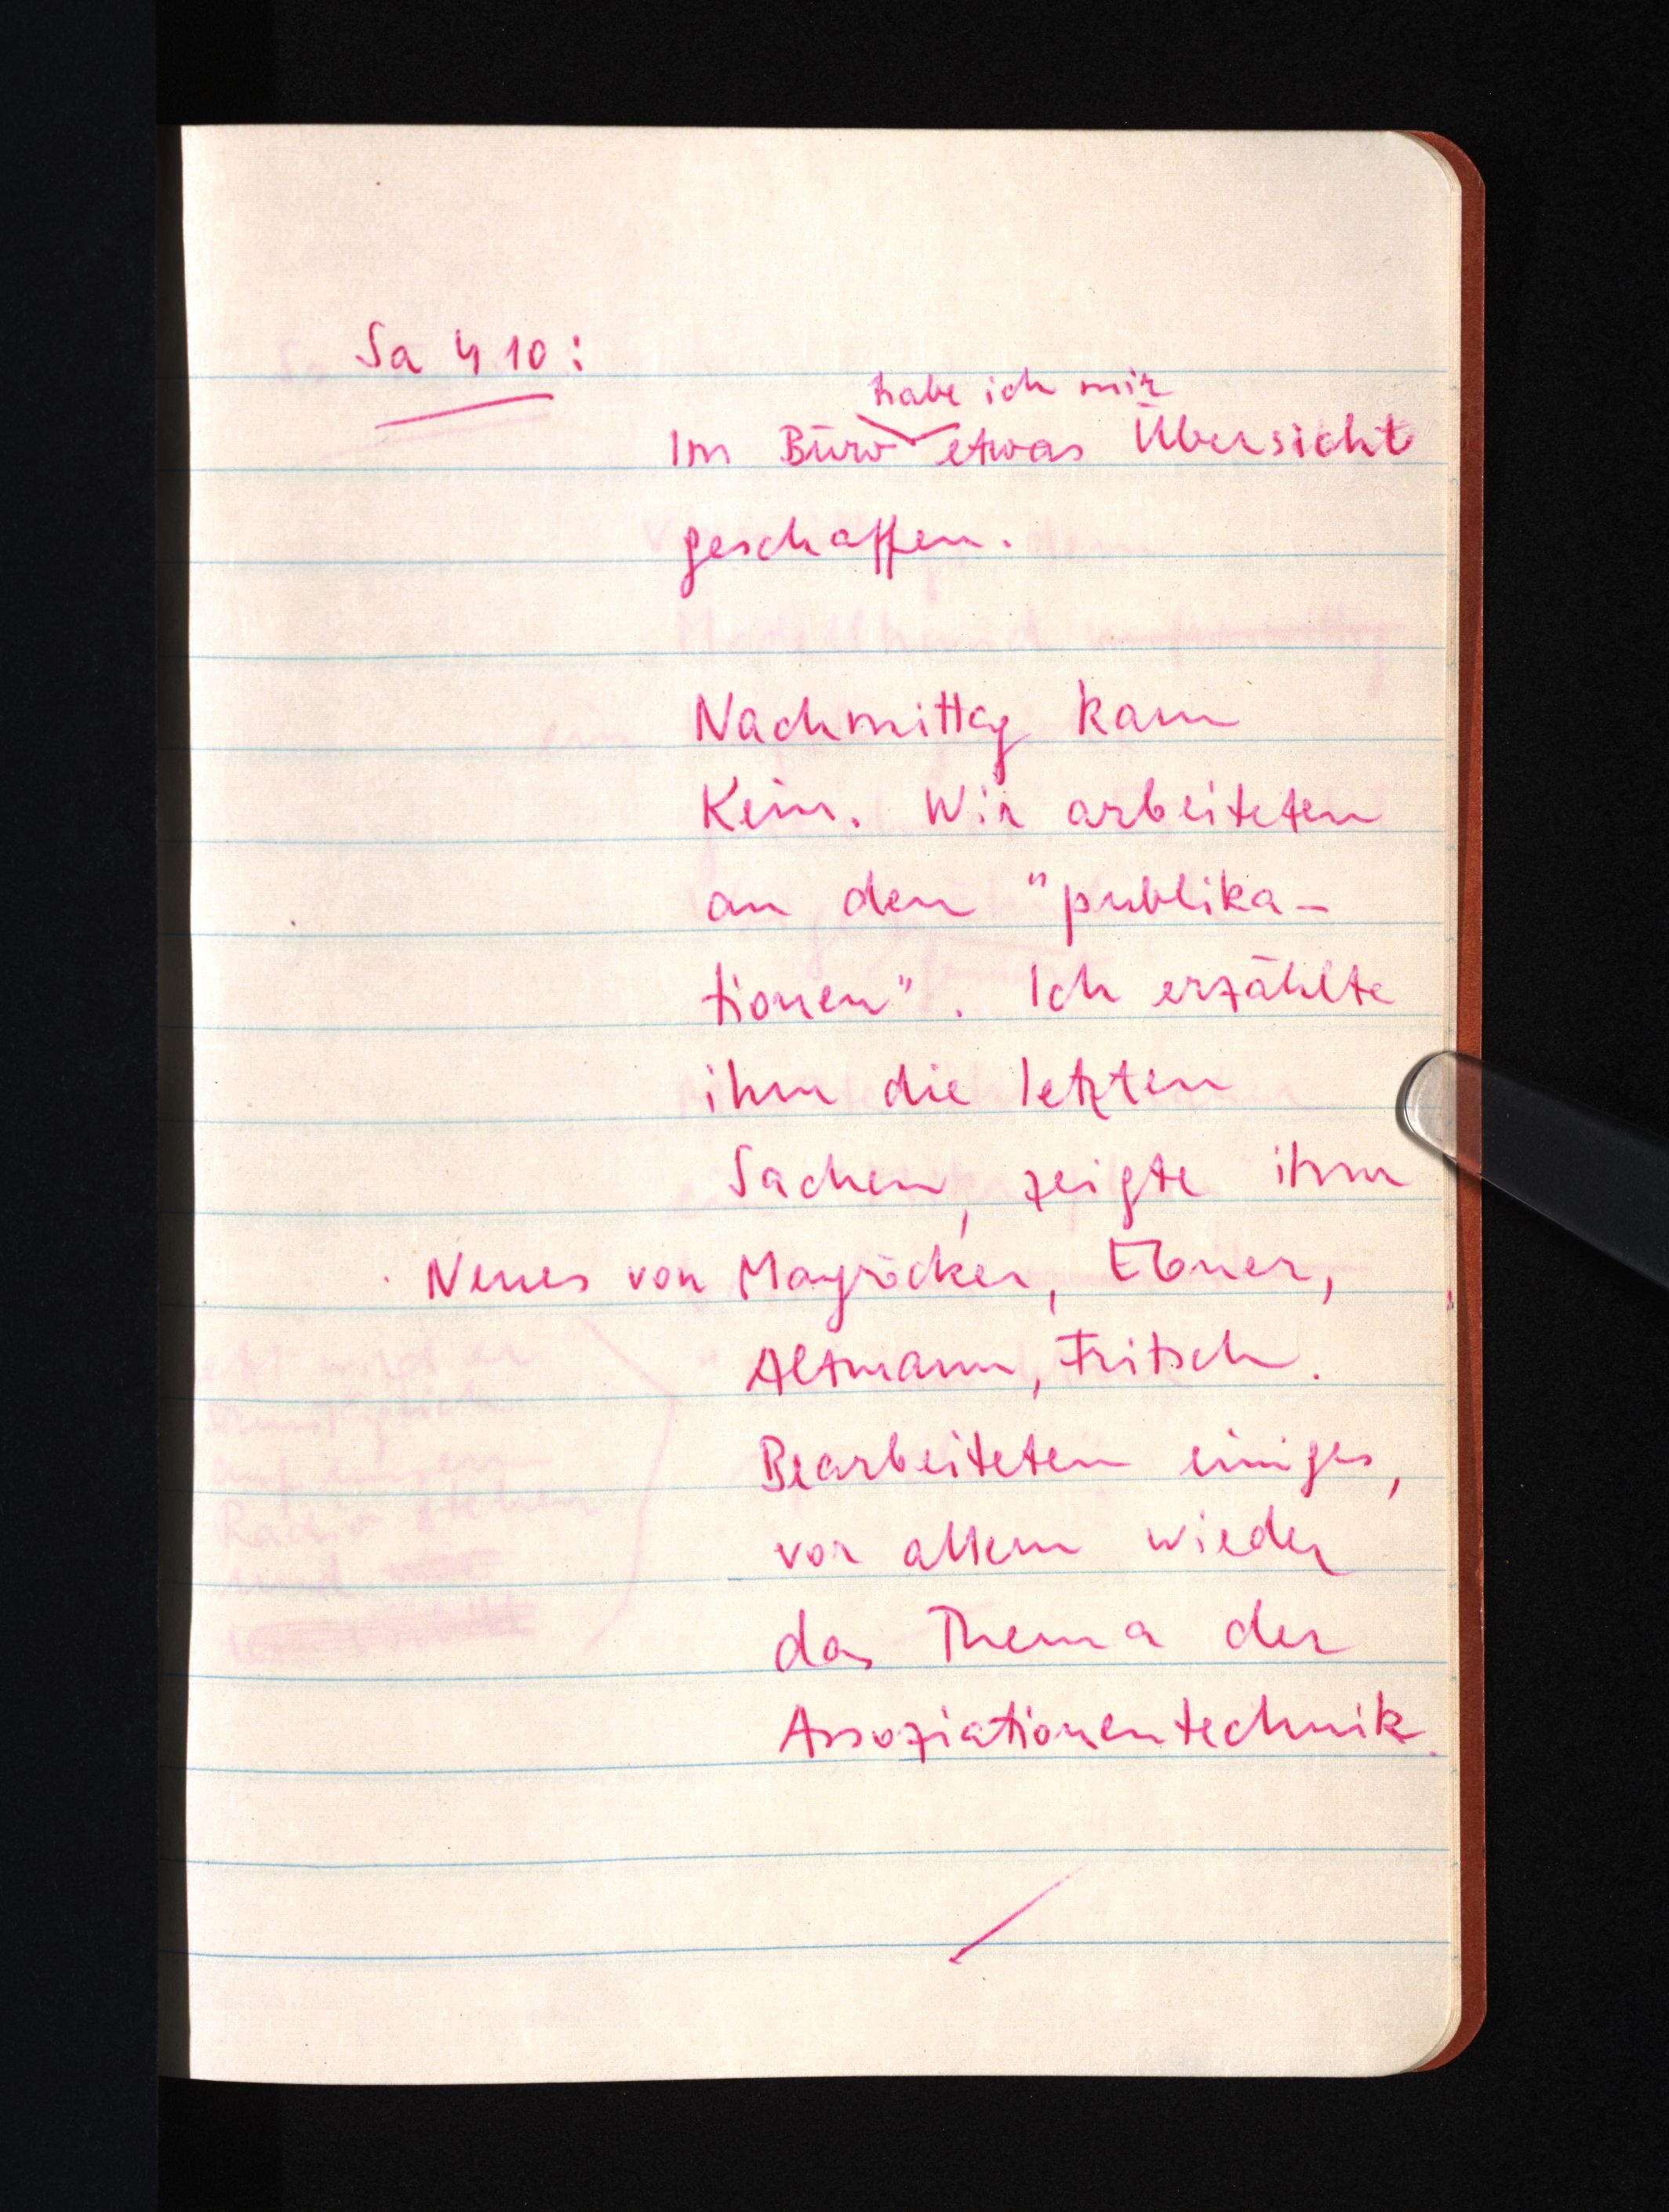
Sa 4 10:
habe ich mir
Im Büro etwas Übersicht
geschaffen.
Nachmittag kam
Kein. Wir arbeiteten
an den "publika¬
tionen". Ich erzählte
ihm die letzten
Sachen, zeigte ihm
Neues von Mayröcker, Ebner,
Altmann, Fritsch.
Bearbeiteten einiges,
vor allem wieder
das Thema der
Assoziationentechnik.